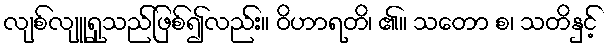
လျစ်လျူရှုသည်ဖြစ်၍လည်း။ ဝိဟာရတိ၊ ၏။ သတော စ၊ သတိနှင့်